Indian journal of veterinary science and animal husbandry - Volumes 18-21, 1948-1951
Year: 1948
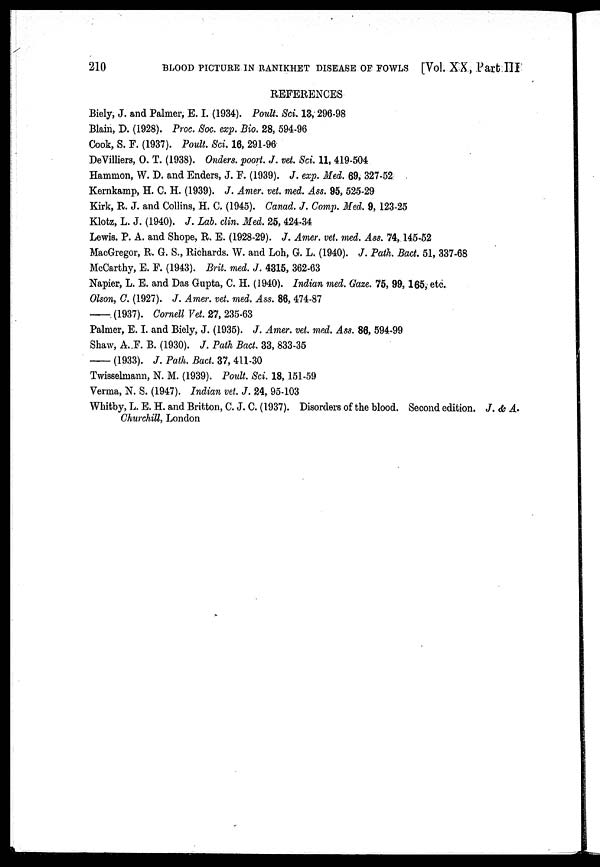
210
BLOOD PICTURE IN RANIKHET DISEASE OF FOWLS [Vol. XX, Part III
REFERENCES
Biely, J. and Palmer, E. I. (1934). Poult. Sci. 13, 296-98
Blain, D. (1928). Proc. Soc. exp. Bio. 28, 594-96
Cook, S. F. (1937). Poult. Sci. 16, 291-96
DeVilliers, O. T. (1938). Onders. poort. J. vet. Sci. 11, 419-504
Hammon, W. D. and Enders, J. F. (1939). J. exp. Med. 69, 327-52
Kernkamp, H. C. H. (1939). J. Amer. vet. med. Ass. 95, 525-29
Kirk, R. J. and Collins, H. C. (1945). Canad. J. Comp. Med. 9, 123-25
Klotz, L. J. (1940). J. Lab. clin. Med. 25, 424-34
Lewis. P. A. and Shope, R. E. (1928-29). J. Amer. vet. med. Ass. 74, 145-52
MacGregor, R. G. S., Richards. W. and Loh, G. L. (1940). J. Path. Bact. 51, 337-68
McCarthy, E. F. (1943). Brit. med. J. 4315, 362-63
Napier, L. E. and Das Gupta, C. H. (1940). Indian med. Gaze. 75, 99, 165, etc.
Olson, C. (1927). J. Amer. vet. med. Ass. 86, 474-87
— (1937). Cornell Vet. 27, 235-63
Palmer, E. I. and Biely, J. (1935). J. Amer. vet. med. Ass. 86, 594-99
Shaw, A. F. B. (1930). J. Path Bact. 33, 833-35
— (1933). J. Path. Bact. 37, 411-30
Twisselmann, N. M. (1939). Poult. Sci. 18, 151-59
Verma, N. S. (1947). Indian vet. J. 24, 95-103
Whitby, L. E. H. and Britton, C. J. C. (1937). Disorders of the blood. Second edition. J. & A.
Churchill, London